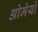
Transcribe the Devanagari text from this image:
ओमेयो